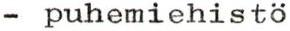
- puhemiehistö